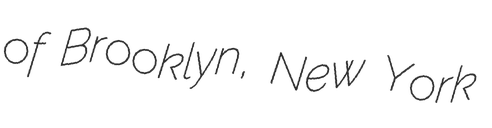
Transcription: of Brooklyn, New York